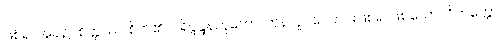
ဖြစ်ရာအခါ၌။ စိတ္တဿ၊ စိတ်၏။ ပရိပ္ဖန္ဒနဘူတော၊ တုန်လှုပ်ကြောင်းဖြစ်၍ ဖြစ်သော။ ဝိတက္ကော၊